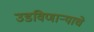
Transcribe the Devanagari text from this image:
उडविणाऱ्याचे